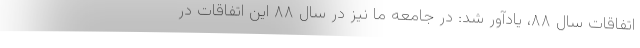
اتفاقات سال ۸۸، یادآور شد: در جامعه ما نیز در سال ۸۸ این اتفاقات در